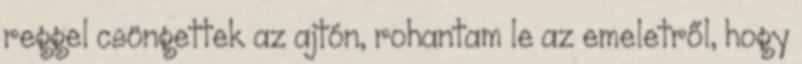
reggel csöngettek az ajtón, rohantam le az emeletről, hogy